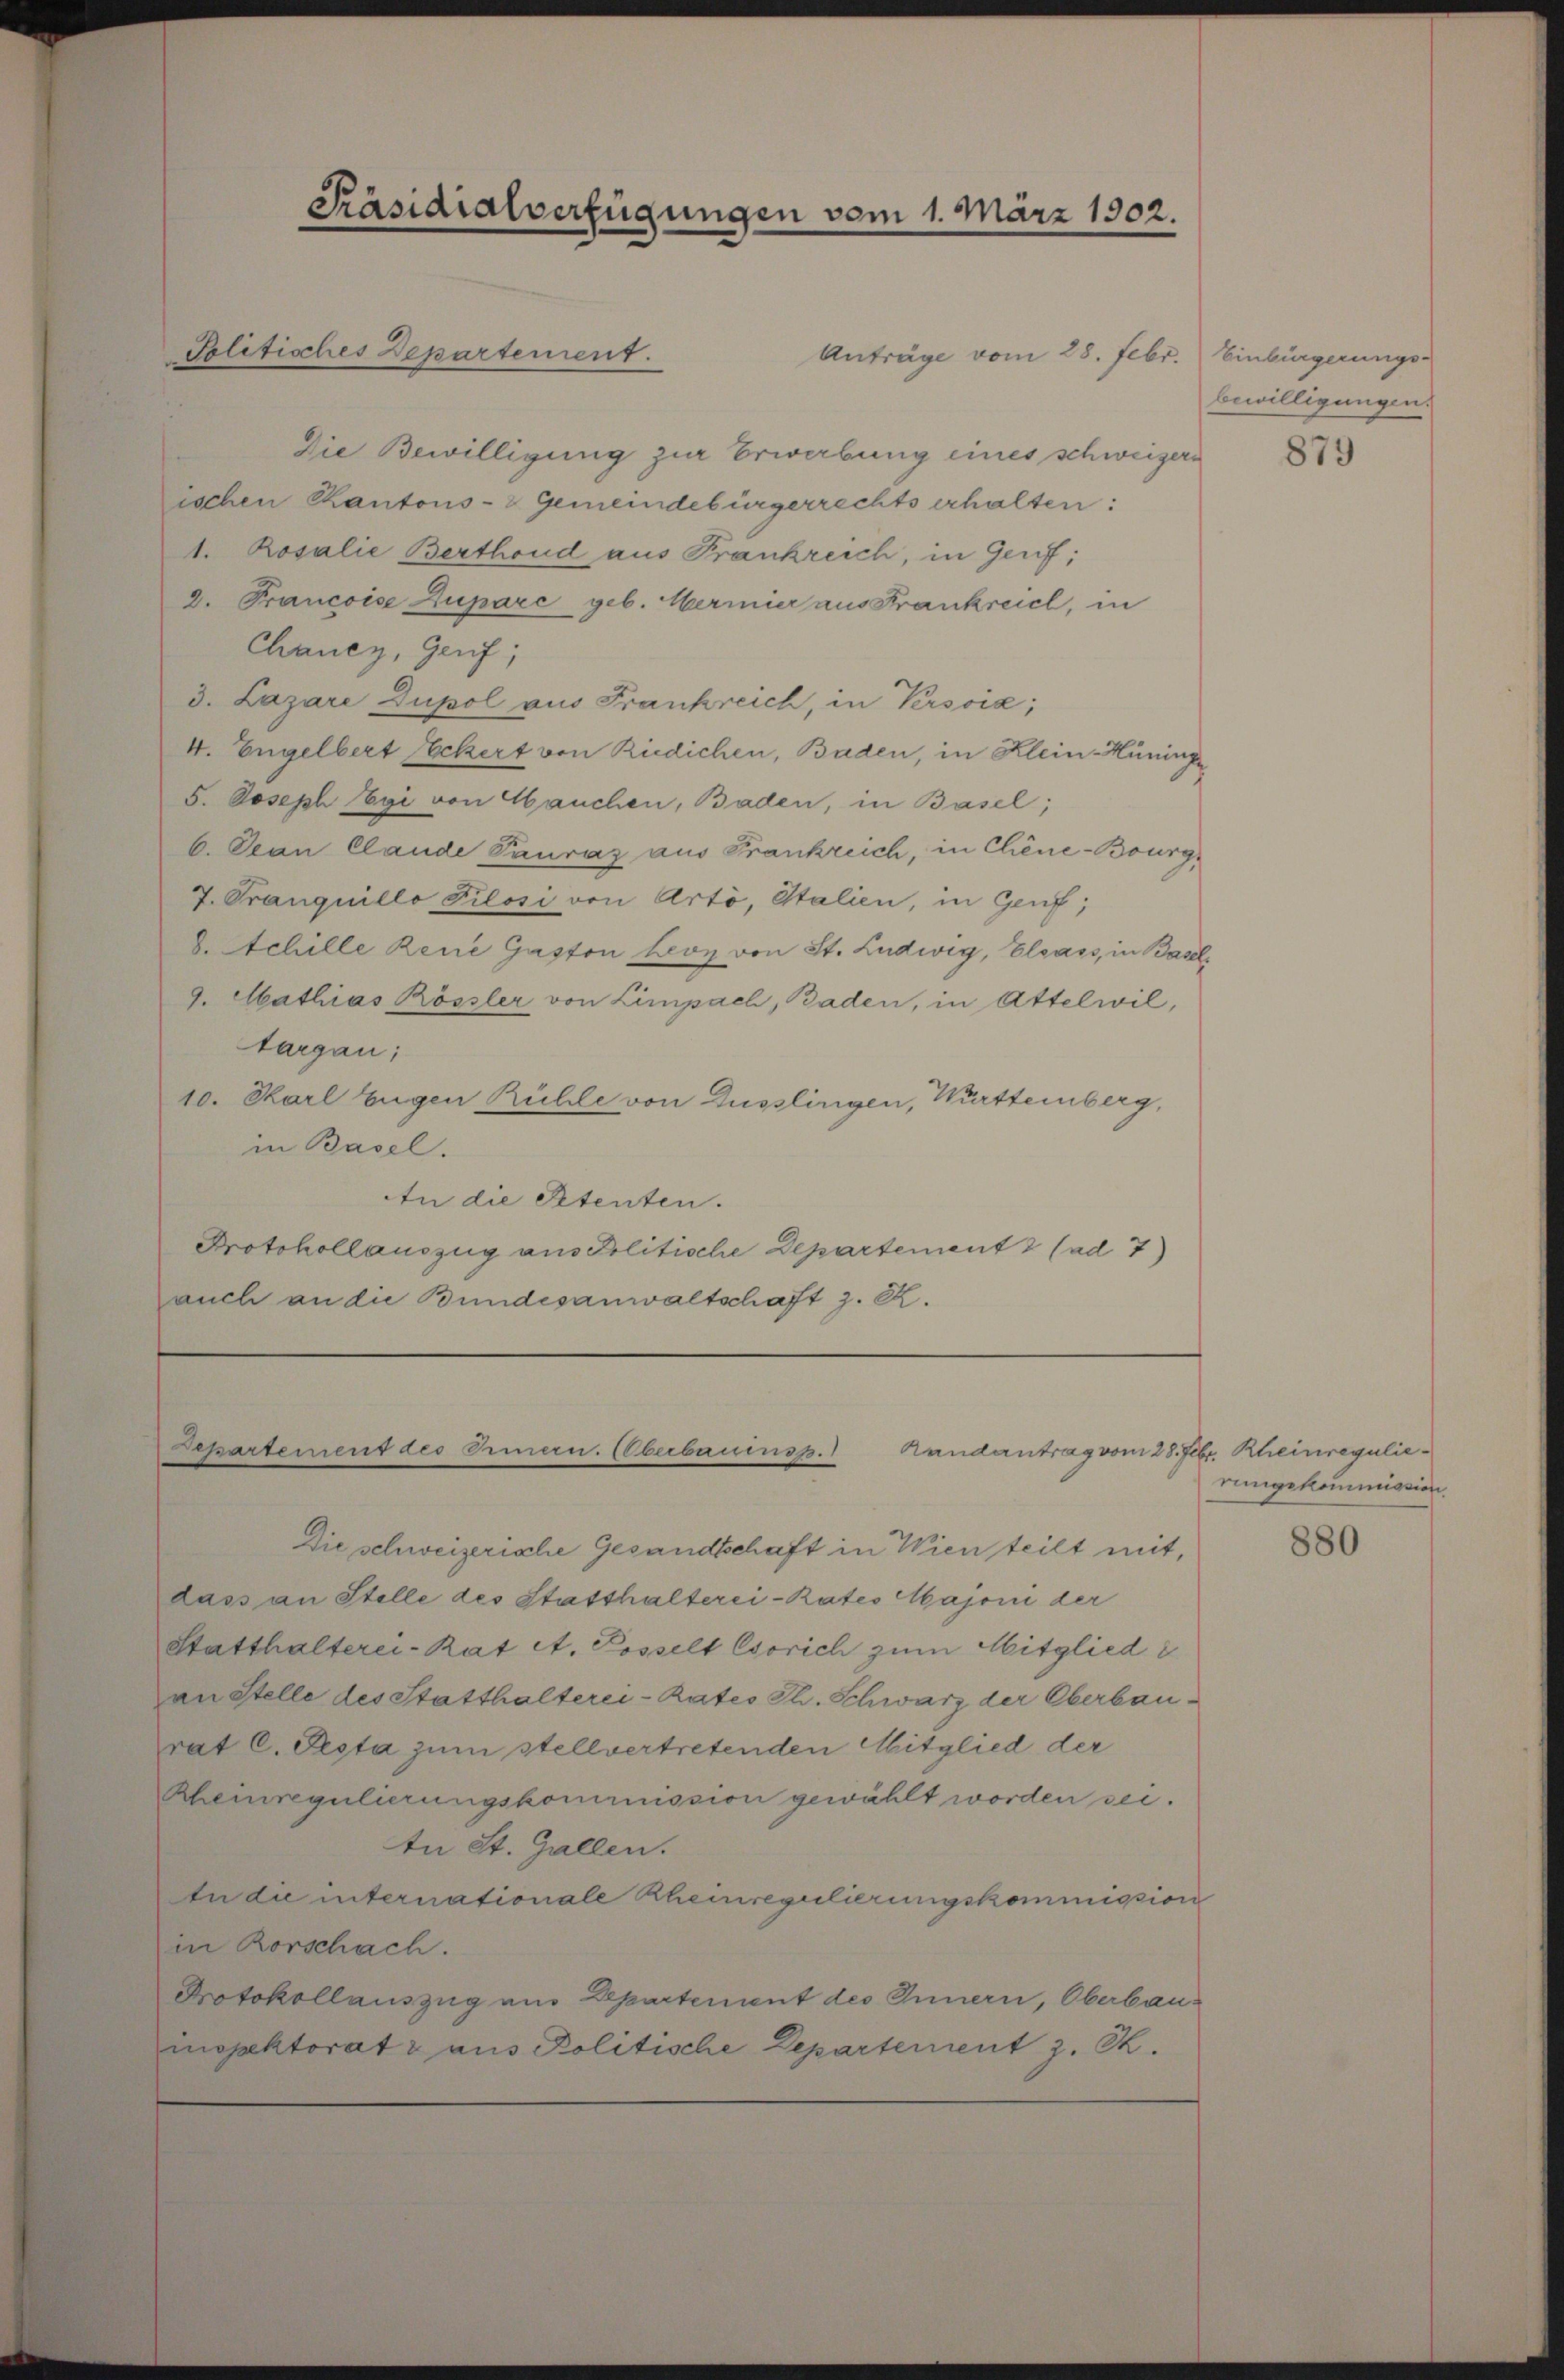
Anträge vom 28. Febr. Einbürgerungs-
Die Bewilligung zur Erwerbung eines schweizeri
ischen Kantons- & Gemeindebürgerrechts erhalten:
1. Rosalie Berthand aus Frankreich, in Genf;
8. Francoise Zupare geb. Mermier aus Frankreich, in
Chancy, Genf;
3. Lazare Dupol aus Frankreich, in Persoia;
4. Engelbert Ackert von Riedichen, Baden, in Klein-Hüninge
S. Joseph Egi von Hauchen, Baden, in Basel;
b. Jean Claude Pauraz aus Frankreich, in Cliene-Bourg,
7. Pranquillo Pilosi von Arto, Italien, in Genf;
8. Achille Reue Gaston Leon von St. Ludwig, Elsass, in Basel-
9. Mathias Rössler von Limpach, Baden, in Attelwil,
targau;
10. Karl Eugen Rühle von Düsslingen, Württemberg,
in Basel.
An die Retenten.
Protokollauszug aus Politische Departement 2 (ad 7)
auch an die Bundesanwaltschaft z. Z.

Politisches Departement.

Präsidialverfügungen vom 1. März 1902.

Departement des Eimern. Oberbauinsz. Randantrag vom 28. Febr. Rheinregulie¬

Die schweizerische Gesandtschaft in Wien teilt mit,
dass an Stelle des Statthalterei-Rates Majoni der
Statthalterei-Rat A. Posselt Csorich zum Mitglied i
an Stelle des Statthalterei-Rates Th. Schwarz der Oberbaurat C. Pesta zum stellvertretenden Mitglied der
Heinregulierungskommission gewählt worden sei.
tn St. Gallen.
In die internationale Rheinregulierungskommission
in Rorschach.
Protokollauszug aus Departement des Innern, Oberbauinspektorat & aus Politische Departement z. B.

bewilligungen.

879

rungskommission.

880